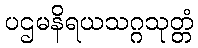
ပဌမနိရယသဂ္ဂသုတ္တံ